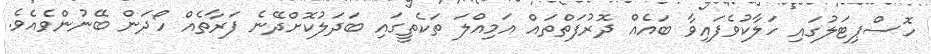
ހޮސްޕިޓަލުގައި ހަލާކުވެފައިވާ ބައެއް ދޮރުފަތްތައް އަމިއްލަ ތަކެތީގައި ބަދަލުކޮށްދޭނެ ފަރާތެއް ހޯދަން ބޭނުންވެއެވެ.